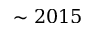
\sim 2 0 1 5